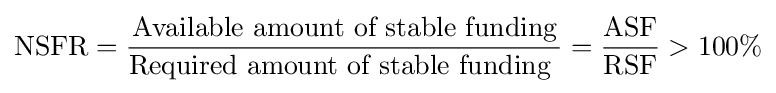
{\text{NSFR}}={\frac {\mbox{Available amount of stable funding}}{\mbox{Required amount of stable funding }}}={\frac {\mbox{ASF}}{\mbox{RSF}}}>100\%